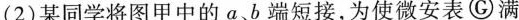
(2)某同学将图甲中的a、b端短接，为使微安表\textcircled{G}满